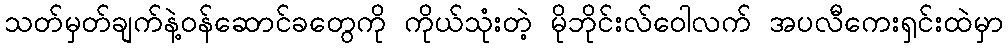
သတ်မှတ်ချက်နဲ့ဝန်ဆောင်ခတွေကို ကိုယ်သုံးတဲ့ မိုဘိုင်းလ်ဝေါလက် အပလီကေးရှင်းထဲမှာ